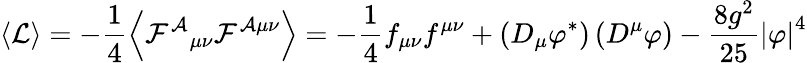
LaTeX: \left\langle{\mathcal L}\right\rangle=-\frac{1}{4}\left\langle\mathcal{F^{A}}_{\mu\nu}\mathcal F^{\mathcal A\mu\nu}\right\rangle=-\frac{1}{4}f_{\mu\nu}f^{\mu\nu}+\left(D_{\mu}\varphi^{*}\right)\left(D^{\mu}\varphi\right)-\frac{8g^{2}}{25}\left|\varphi\right|^{4}